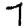
Digit: 7